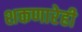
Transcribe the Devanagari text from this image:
शकणारेही